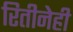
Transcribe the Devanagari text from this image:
रितीनेही